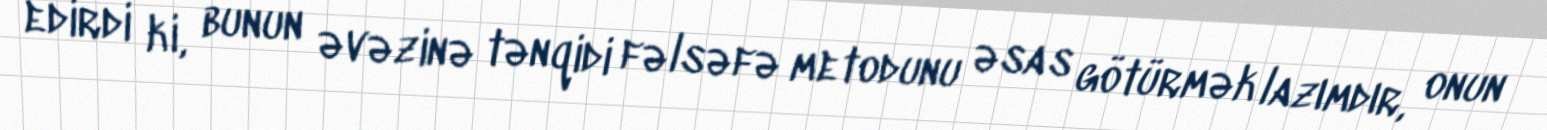
edirdi ki, bunun əvəzinə tənqidi fəlsəfə metodunu əsas götürmək lazımdır, onun